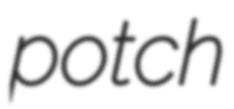
potch